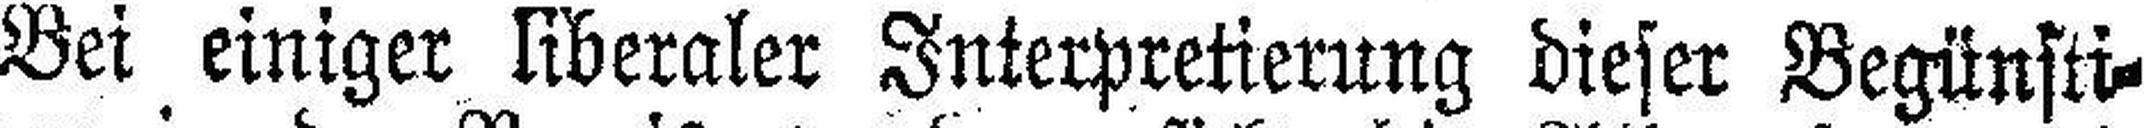
Bei einiger liberaler Interpretierung dieser Begünsti¬